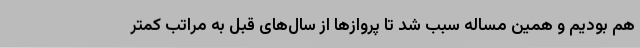
هم بودیم و همین مساله سبب شد تا پروازها از سال‌های قبل به مراتب کمتر